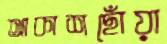
আকাশছোঁয়া